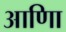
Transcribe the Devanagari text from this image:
आणिा